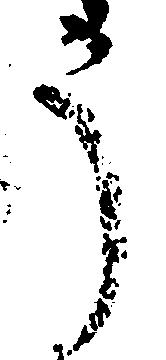
う